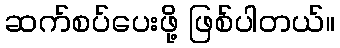
ဆက်စပ်ပေးဖို့ ဖြစ်ပါတယ်။